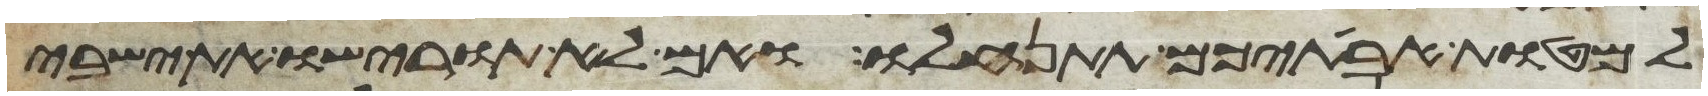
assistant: למטות אבתיכם תתנחלו ואם לא תורישו את ישבי